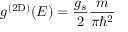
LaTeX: g ^ { ( 2 \mathrm { D } ) } ( E ) = { \frac { g _ { s } } { 2 } } { \frac { m } { \pi \hbar ^ { 2 } } }